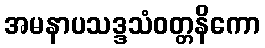
အမနာပသဒ္ဒသံဝတ္တနိကော